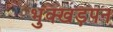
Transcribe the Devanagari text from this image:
भुक्खड़पन